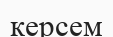
керсем